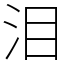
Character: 泪